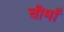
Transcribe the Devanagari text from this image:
चीमाँ